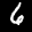
Label: 6